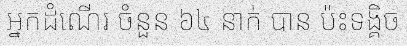
អ្នកដំណើរ ចំនួន ៦៤ នាក់ បាន ប៉ះទង្គិច